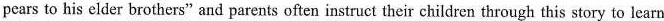
pears to his elder brothers" and parents often instruct their children through this story to learn